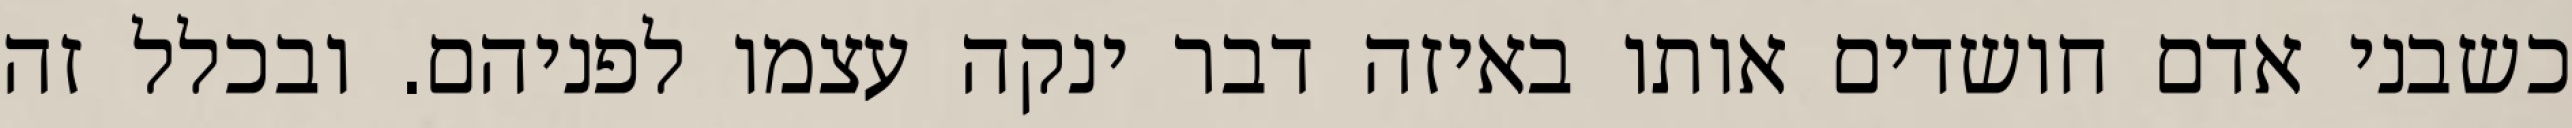
כשבני אדם חושדים אותו באיזה דבר ינקה עצמו לפניהם. ובכלל זה